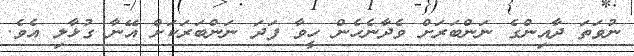
ނުވަތަ ދާއިންގެ ނަންބަރަށް ވެދާނެހެން ހީވާ ފަދަ ނަންބަރަކަށް އޭނާ ގުޅާލި އެވެ.